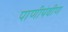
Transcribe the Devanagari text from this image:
पाणीयेवीण